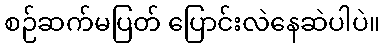
စဉ်ဆက်မပြတ် ပြောင်းလဲနေဆဲပါပဲ။